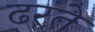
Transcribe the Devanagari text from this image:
ढरते